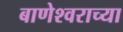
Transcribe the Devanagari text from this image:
बाणेश्वराच्या